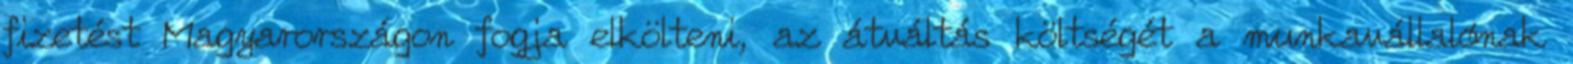
fizetést Magyarországon fogja elkölteni, az átváltás költségét a munkavállalónak